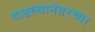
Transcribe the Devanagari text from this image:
पाडल्यानंतरच्या